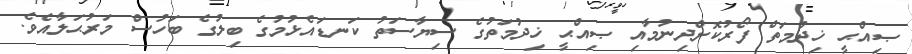
ޞިއްޙީ ޚިދުމަތް ފޯރުކޮށްދިނުމާއި ޞިއްޙީ ޚިދުމަތުގެ ސިޔާސަތު ކަނޑައެޅުމުގެ ބިލުގެ ބަހުސް މަރުޙަލާއެވެ.